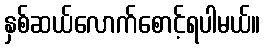
နှစ်ဆယ်လောက်စောင့်ရပါမယ်။